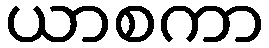
ယာစကာ